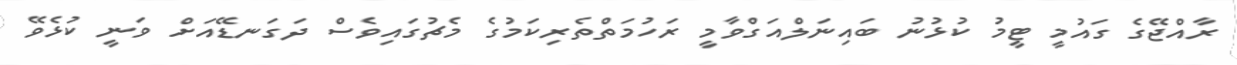
ރާއްޖޭގެ ގައުމީ ޓީމު ކުޅުނު ބައިނަލްއަގްވާމީ ރަހުމަތްތެރިކަމުގެ މެޗުގައިވެސް ދަގަނޑޭއަށް ވަނީ ކުޅެވޭ